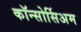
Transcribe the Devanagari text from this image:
कॉन्सोर्सिअम